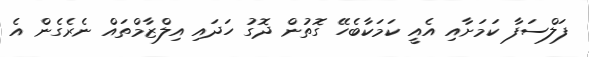
ފަލްސަފާ ކަމަށާއި އެއީ ކަމަކާބެހޭ ގޮތުން ދޮގު ހަދައި އިލްޒާމްތައް ނެރެގެން އެ